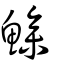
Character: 鰺